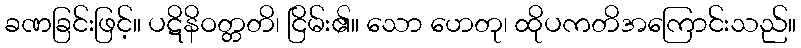
ခဏခြင်းဖြင့်။ ပဋိနိဝတ္တတိ၊ ငြိမ်း၏။ သော ဟေတု၊ ထိုပကတိအကြောင်းသည်။